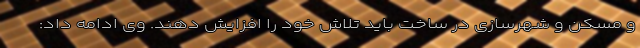
و مسکن و شهرسازی در ساخت باید تلاش خود را افزایش دهند. وی ادامه داد: